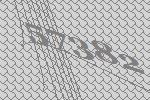
57382